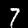
Digit: 7